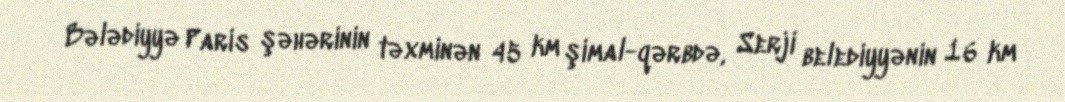
Bələdiyyə Paris şəhərinin təxminən 45 km şimal-qərbdə, Serji belediyyənin 16 km